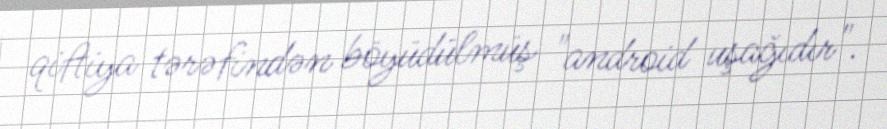
qiftiya tərəfindən böyüdülmüş "android uşağıdır".